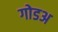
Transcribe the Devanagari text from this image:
गोडअ